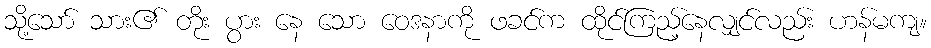
သို့သော် သား၏ တိုး ပွား နေ သော ဝေဒနာကို ဖခင်က ထိုင်ကြည့်နေလျှင်လည်း ဟန်မကျ။